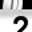
Digit: 2